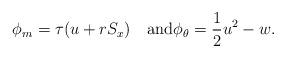
LaTeX: \begin{align*}\phi_m=\tau (u+r S_x)\quad\hbox{and}\phi_\theta=\frac{1}{2} u^2-w. \end{align*}